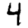
Digit: 4